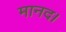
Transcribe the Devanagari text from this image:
मानद।